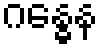
ဂန္ဓေန